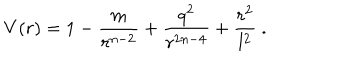
LaTeX: V ( r ) = 1 - \frac { m } { r ^ { n - 2 } } + \frac { q ^ { 2 } } { r ^ { 2 n - 4 } } + \frac { r ^ { 2 } } { l ^ { 2 } } \ .